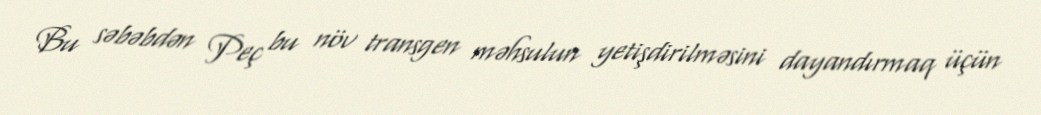
Bu səbəbdən Peç bu növ transgen məhsulun yetişdirilməsini dayandırmaq üçün